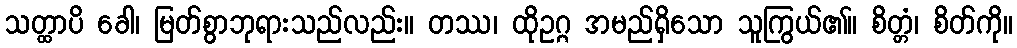
သတ္ထာပိ ခေါ၊ မြတ်စွာဘုရားသည်လည်း။ တဿ၊ ထိုဥဂ္ဂ အမည်ရှိသော သူကြွယ်၏။ စိတ္တံ၊ စိတ်ကို။